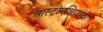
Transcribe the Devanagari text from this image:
आस्ट्रोएशियायी